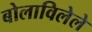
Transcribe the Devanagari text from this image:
बोलाविलेले